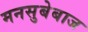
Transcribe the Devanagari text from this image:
मनसुबेबाज